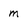
Character: m